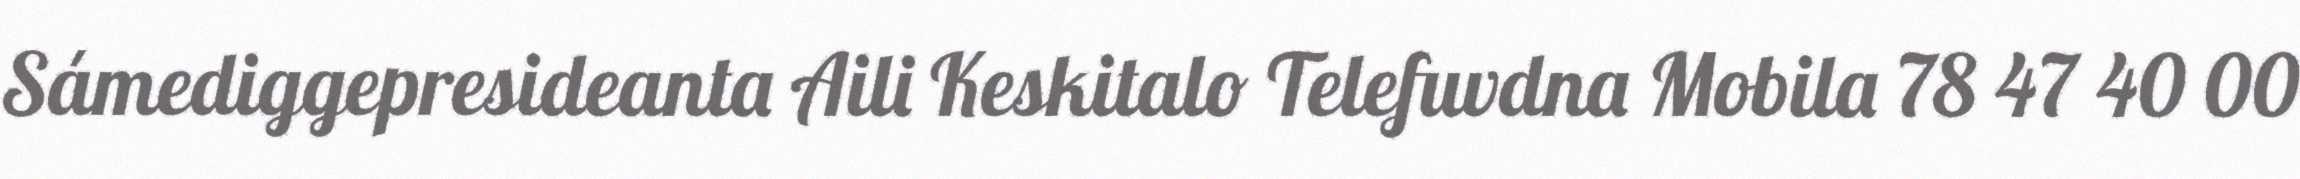
Sámediggepresideanta Aili Keskitalo Telefuvdna Mobila 78 47 40 00